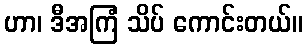
ဟာ၊ ဒီအကြံ သိပ် ကောင်းတယ်။